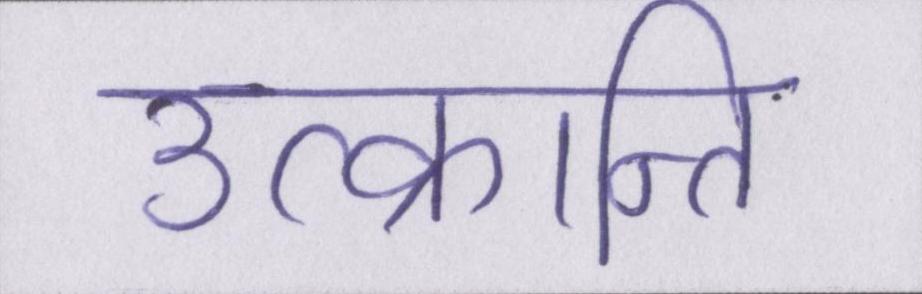
उत्क्रान्ति